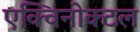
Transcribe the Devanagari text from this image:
एक्विनोक्टल